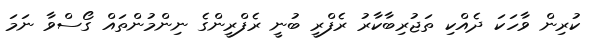
ކުރިން ވާހަކަ ދެއްކި ތަޖުރިބާކާރު ރެފްރީ ބުނީ ރެފްރީންގެ ނިންމުންތައް ގޯސްވާ ނަމަ